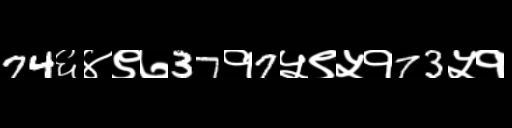
Text: 74६४९७37१7५९५१73५१